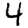
Digit: 4